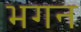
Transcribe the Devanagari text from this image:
भगन